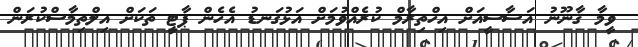
ވީމާ ޤާނޫނު އަސާސީއަށް އިހްތިރާމް ކުރެއްވުމަށް އަޅުގަނޑު އެހެން ޕާޓީ ތަކަށް އިލްތިމާސްކުރަން